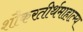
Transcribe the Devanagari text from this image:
शौकरतीर्थमाहात्म्य